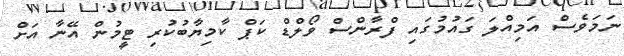
ނަމަވެސް އަމިއްލަ ގައުމުގައި ފްރާންސް ވޯލްޑް ކަޕް ކާމިޔާބުކުރި ޓީމުން އޭނާ އަށް